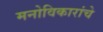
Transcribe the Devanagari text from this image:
मनोविकारांचे